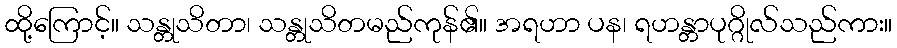
ထို့ကြောင့်။ သန္တုသိတာ၊ သန္တုသိတမည်ကုန်၏။ အရဟာ ပန၊ ရဟန္တာပုဂ္ဂိုလ်သည်ကား။